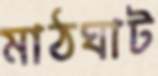
মাঠঘাট